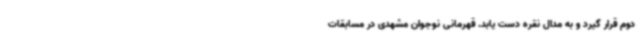
دوم قرار گیرد و به مدال نقره دست یابد. قهرمانی نوجوان مشهدی در مسابقات